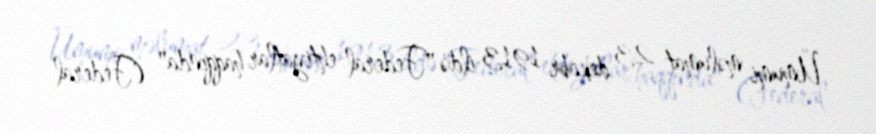
Ümumi məlumat 23 dekabr 1913 ildə "Federal ehtiyatlar haqqında" (Federal